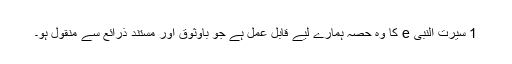
1 سیرت النبی e کا وہ حصہ ہمارے لیے قابل عمل ہے جو باوثوق اور مستند ذرائع سے منقول ہو۔